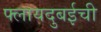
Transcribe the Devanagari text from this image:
फ्लायदुबईची